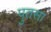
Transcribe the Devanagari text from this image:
पुतसा